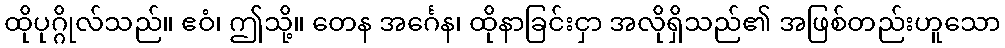
ထိုပုဂ္ဂိုလ်သည်။ ဧဝံ၊ ဤသို့။ တေန အင်္ဂေန၊ ထိုနာခြင်းငှာ အလိုရှိသည်၏ အဖြစ်တည်းဟူသော